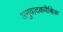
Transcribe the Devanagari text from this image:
अनुवादकवैश्विक